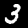
Digit: 3